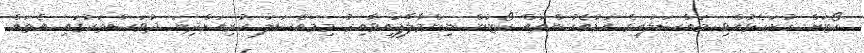
ކޯޓަށް ހުށަހެޅުއްވި މައްސަލައިގެ އަޑުއެހުންތައް ކޯޓުން ނިންމާލާފައިވާއިރު މިމައްސަލަ ކުރިއަށްދިޔަ ދުވަސްތަކުގައި އެތައް